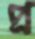
প্র